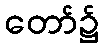
တော်၌